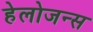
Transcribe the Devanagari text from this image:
हेलोजन्स